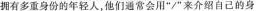
拥有多重身份的年轻人，他们通常会用”/”来介绍自己的身